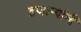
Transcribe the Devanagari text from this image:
हजार्‍यांनी